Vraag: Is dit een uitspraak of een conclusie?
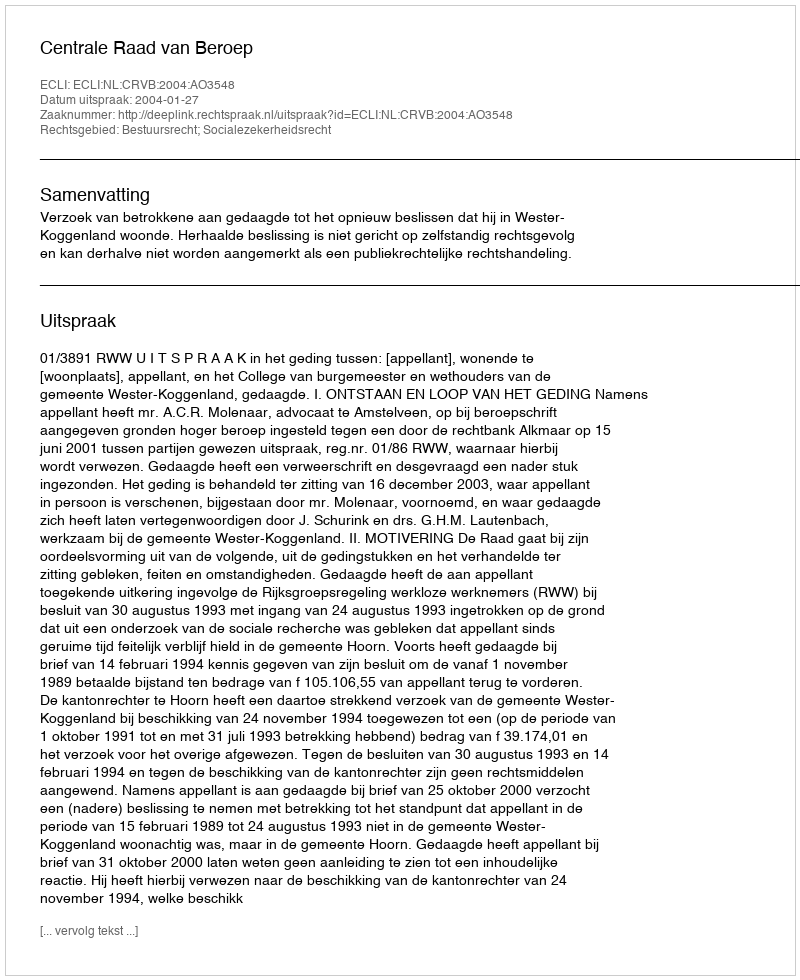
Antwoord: Uitspraak